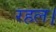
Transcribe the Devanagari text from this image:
रहल।